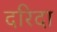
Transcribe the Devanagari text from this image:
दरिदा